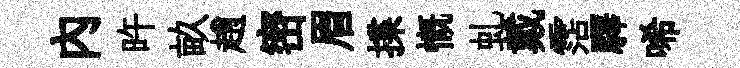
內旿畝趙密眉揲慨虬戴霑驛唏